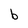
Character: b